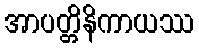
အာပတ္တိနိကာယဿ